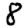
Digit: 8